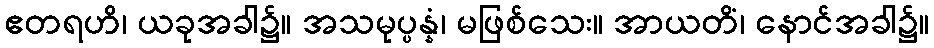
ဧတရဟိ၊ ယခုအခါ၌။ အသမုပ္ပန္နံ၊ မဖြစ်သေး။ အာယတိံ၊ နောင်အခါ၌။